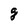
Character: g